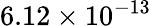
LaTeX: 6.12\times 10^{-13}